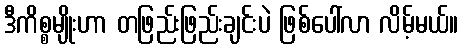
ဒီကိစ္စမျိုးဟာ တဖြည်းဖြည်းချင်းပဲ ဖြစ်ပေါ်လာ လိမ့်မယ်။